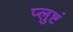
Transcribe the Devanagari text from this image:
प्लुष्टं